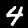
Digit: 4